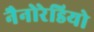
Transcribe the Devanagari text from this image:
नैनोरेडियो